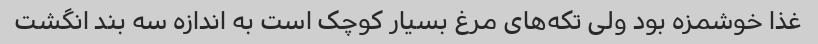
غذا خوشمزه بود ولی تکه‌های مرغ بسیار کوچک است به اندازه سه بند انگشت